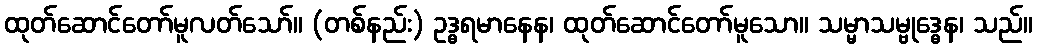
ထုတ်ဆောင်တော်မူလတ်သော်။ (တစ်နည်း) ဥဒ္ဓရမာနေန၊ ထုတ်ဆောင်တော်မူသော။ သမ္မာသမ္ဗုဒ္ဓေန၊ သည်။